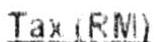
TAX (RM)